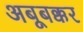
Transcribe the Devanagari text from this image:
अबूबक्कर